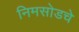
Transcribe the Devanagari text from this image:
निमसोडचे